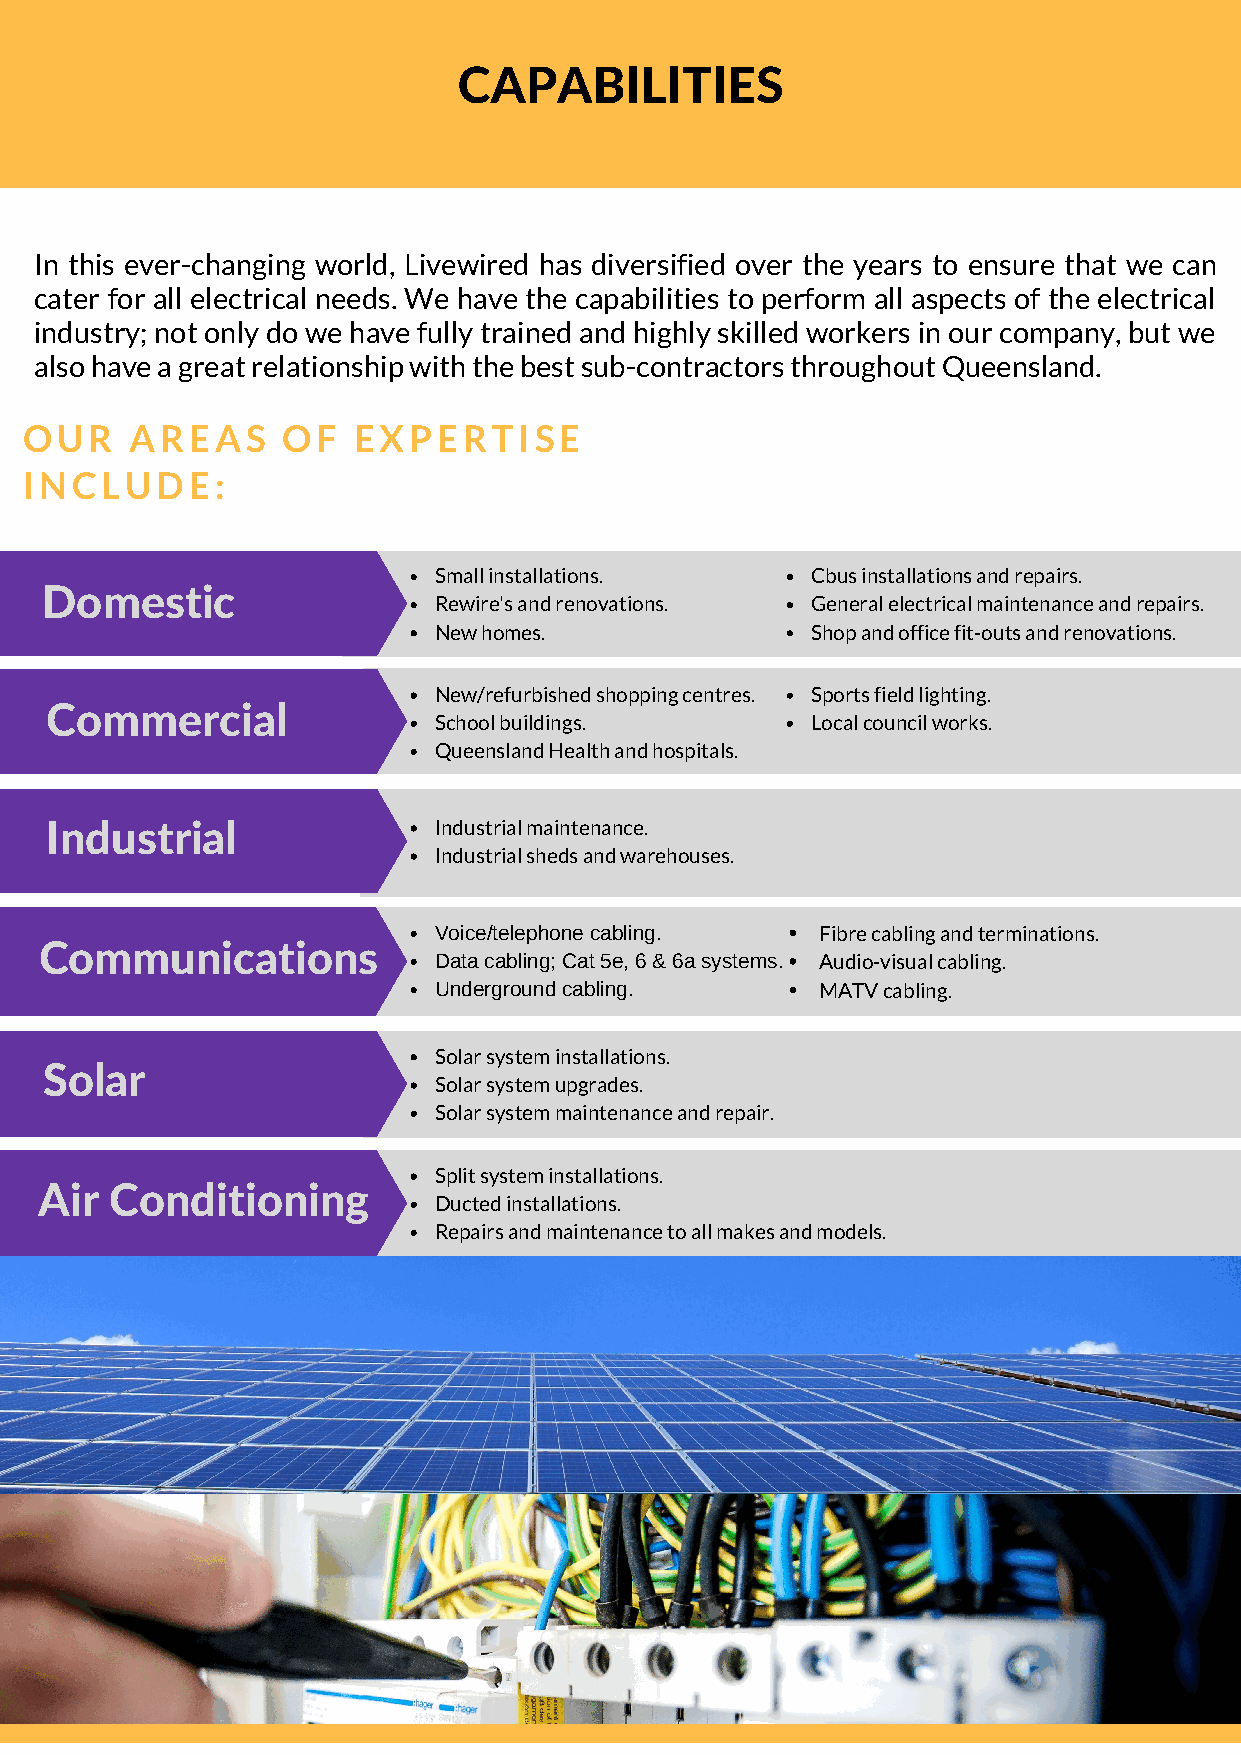
CAPABILITIES
 In this ever-changing world, Livewired has diversified over the years to ensure that we can
 cater for all electrical needs. We have the capabilities to perform all aspects of the electrical
 industry; not only do we have fully trained and highly skilled workers in our company, but we
 also have a great relationship with the best sub-contractors throughout Queensland.
 OUR     AREAS     OF  EXPERTISE
 INCLUDE:
 Small installations.     Cbus installations and repairs.
 Domestic
 Rewire's and renovations. General electrical maintenance and repairs.
 New homes.               Shop and office fit-outs and renovations.
 New/refurbished shopping centres. Sports field lighting.
 Commercial
 School buildings.        Local council works.
 Queensland Health and hospitals.
 Industrial                Industrial maintenance.
 Industrial sheds and warehouses.
 Voice/telephone cabling. Fibre cabling and terminations.
 Communications
 Data cabling; Cat 5e, 6 & 6a systems. Audio-visual cabling.
 Underground cabling.     MATV cabling.
 Solar system installations.
 Solar
 Solar system upgrades.
 Solar system maintenance and repair.
 Split system installations.
 Air Conditioning
 Ducted installations.
 Repairs and maintenance to all makes and models.